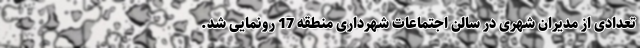
تعدادی از مدیران شهری در سالن اجتماعات شهرداری منطقه 17 رونمایی شد.